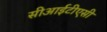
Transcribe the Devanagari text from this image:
सीआईटीएसी